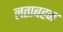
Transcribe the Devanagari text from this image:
लताबहन